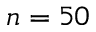
n = 5 0